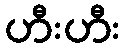
ဟီးဟီး